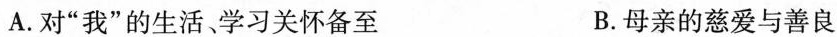
A.对”我”的生活，学习关怀备至 B.母亲的慈爱与善良